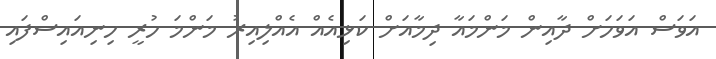
އަވަސް އަވަހަށް ދާއިން މަންމައާ ދިމާއަށް ކަޅިއެއް އެއްލިއިރު މަންމަ ހުރީ ހިނިއައިސްފައި